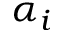
\alpha _ { i }